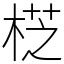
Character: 𣔰